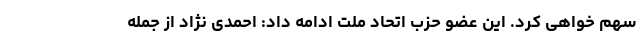
سهم خواهی کرد. این عضو حزب اتحاد ملت ادامه داد: احمدی نژاد از جمله